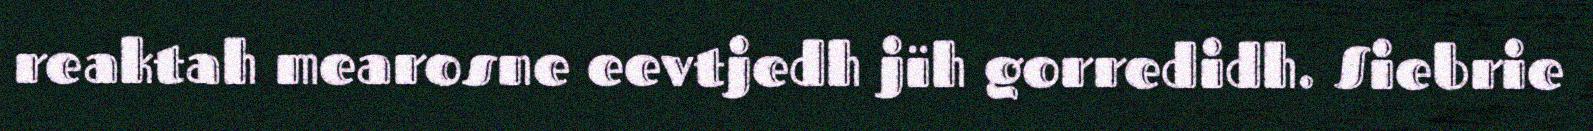
reaktah mearosne eevtjedh jïh gorredidh. Siebrie